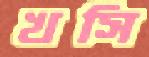
খসি